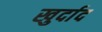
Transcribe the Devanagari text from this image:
खुर्दाद